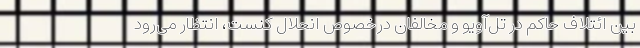
بین ائتلاف حاکم در تل‌آویو و مخالفان درخصوص انحلال کنست، انتظار می‌رود